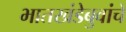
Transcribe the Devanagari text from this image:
भातखंडेबुवांचे